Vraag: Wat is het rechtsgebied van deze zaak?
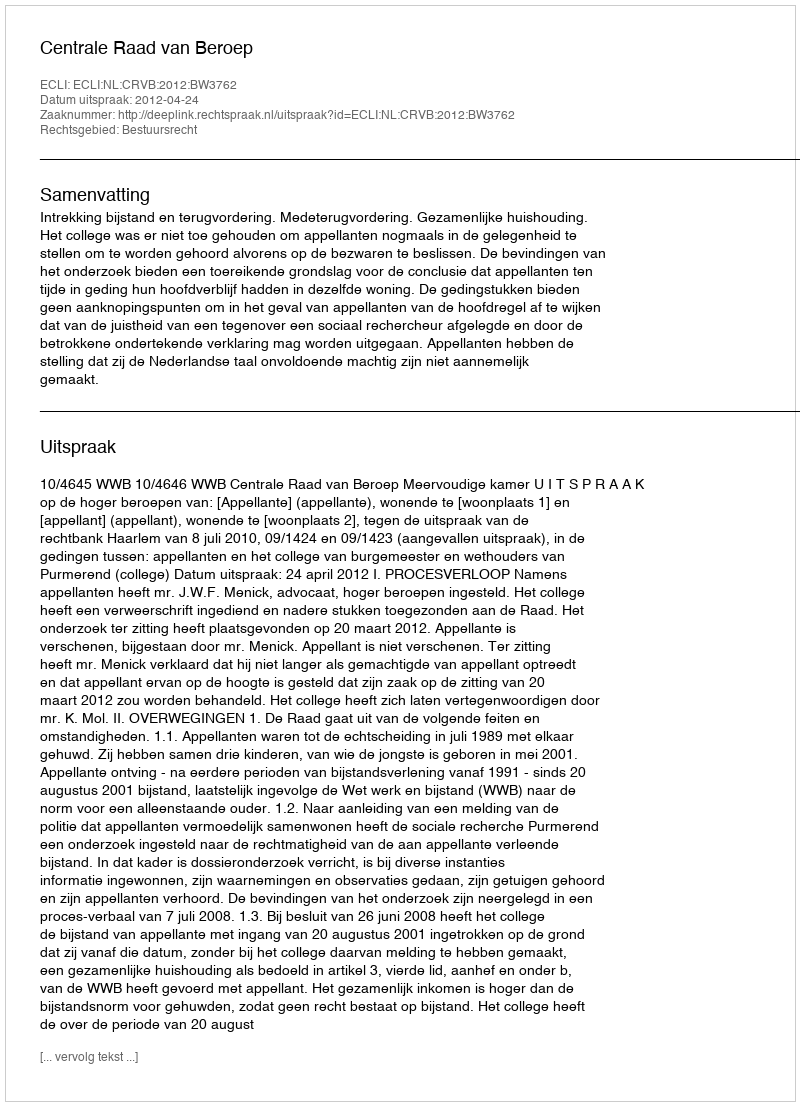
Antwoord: Bestuursrecht